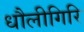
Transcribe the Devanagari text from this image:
धौलीगिरि